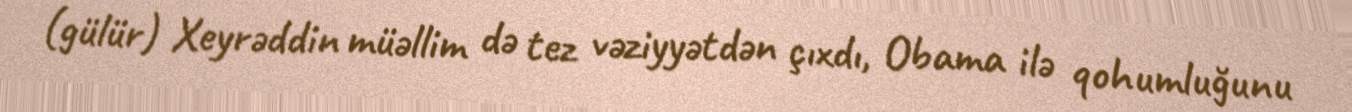
(gülür) Xeyrəddin müəllim də tez vəziyyətdən çıxdı, Obama ilə qohumluğunu